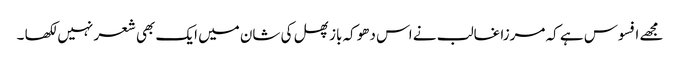
مجھے افسوس ہے کہ مرزا غالب نے اس دھوکہ باز پھل کی شان میں ایک بھی شعر نہیں لکھا ۔